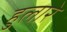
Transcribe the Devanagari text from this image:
हुलारे